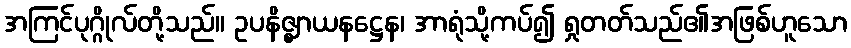
အကြင်ပုဂ္ဂိုလ်တို့သည်။ ဥပနိဇ္ဈာယနဋ္ဌေန၊ အာရုံသို့ကပ်၍ ရှုတတ်သည်၏အဖြစ်ဟူသော